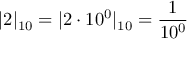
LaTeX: | 2 | _ { 1 0 } = | 2 \cdot 1 0 ^ { 0 } | _ { 1 0 } = { \frac { 1 } { 1 0 ^ { 0 } } }